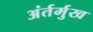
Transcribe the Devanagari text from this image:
अंर्तर्मुख